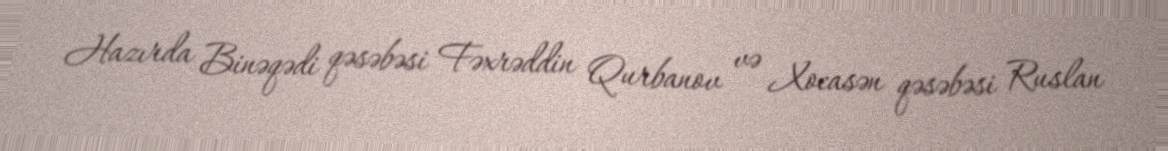
Hazırda Binəqədi qəsəbəsi Fəxrəddin Qurbanov və Xocasən qəsəbəsi Ruslan